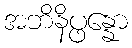
အဘိနိပ္ဖန္နော